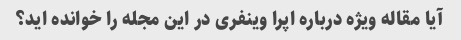
آیا مقاله ویژه درباره اپرا وینفری در این مجله را خوانده اید؟